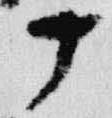
丁